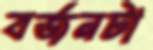
বর্জনটা